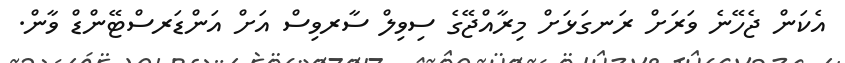
އެކަން ޖެހޭނެ ވަރަށް ރަނގަޅަށް މިރާއްޖޭގެ ސިވިލް ސާރވިސް އަށް އަންޑަރސްޓޭންޑް ވާން.